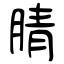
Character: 腈